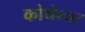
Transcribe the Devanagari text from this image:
कोथेन्जर